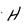
Character: H